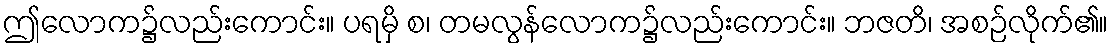
ဤလောက၌လည်းကောင်း။ ပရမှိ စ၊ တမလွန်လောက၌လည်းကောင်း။ ဘဇတိ၊ အစဉ်လိုက်၏။